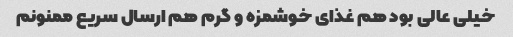
خیلی عالی بود هم غذای خوشمزه و گرم هم ارسال سریع ممنونم